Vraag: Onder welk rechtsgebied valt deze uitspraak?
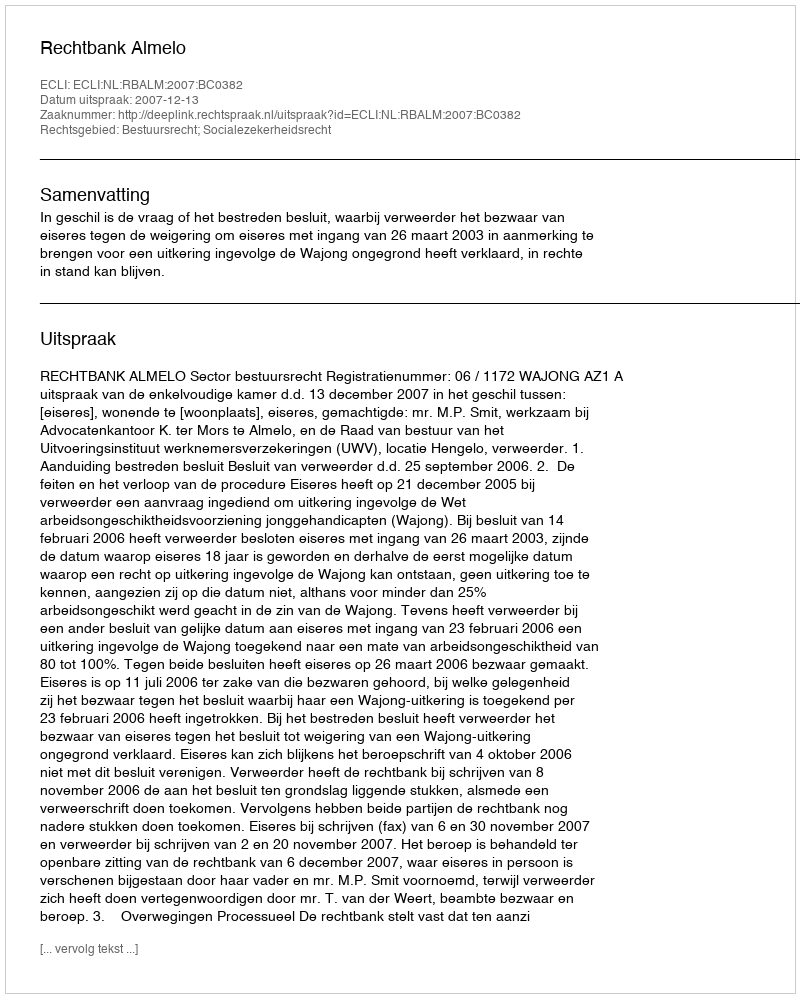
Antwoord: Bestuursrecht; Socialezekerheidsrecht